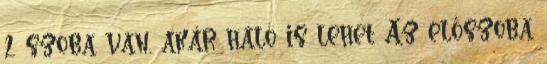
2 szoba van, akár háló is lehet Az előszoba